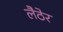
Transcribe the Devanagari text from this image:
लैठेर